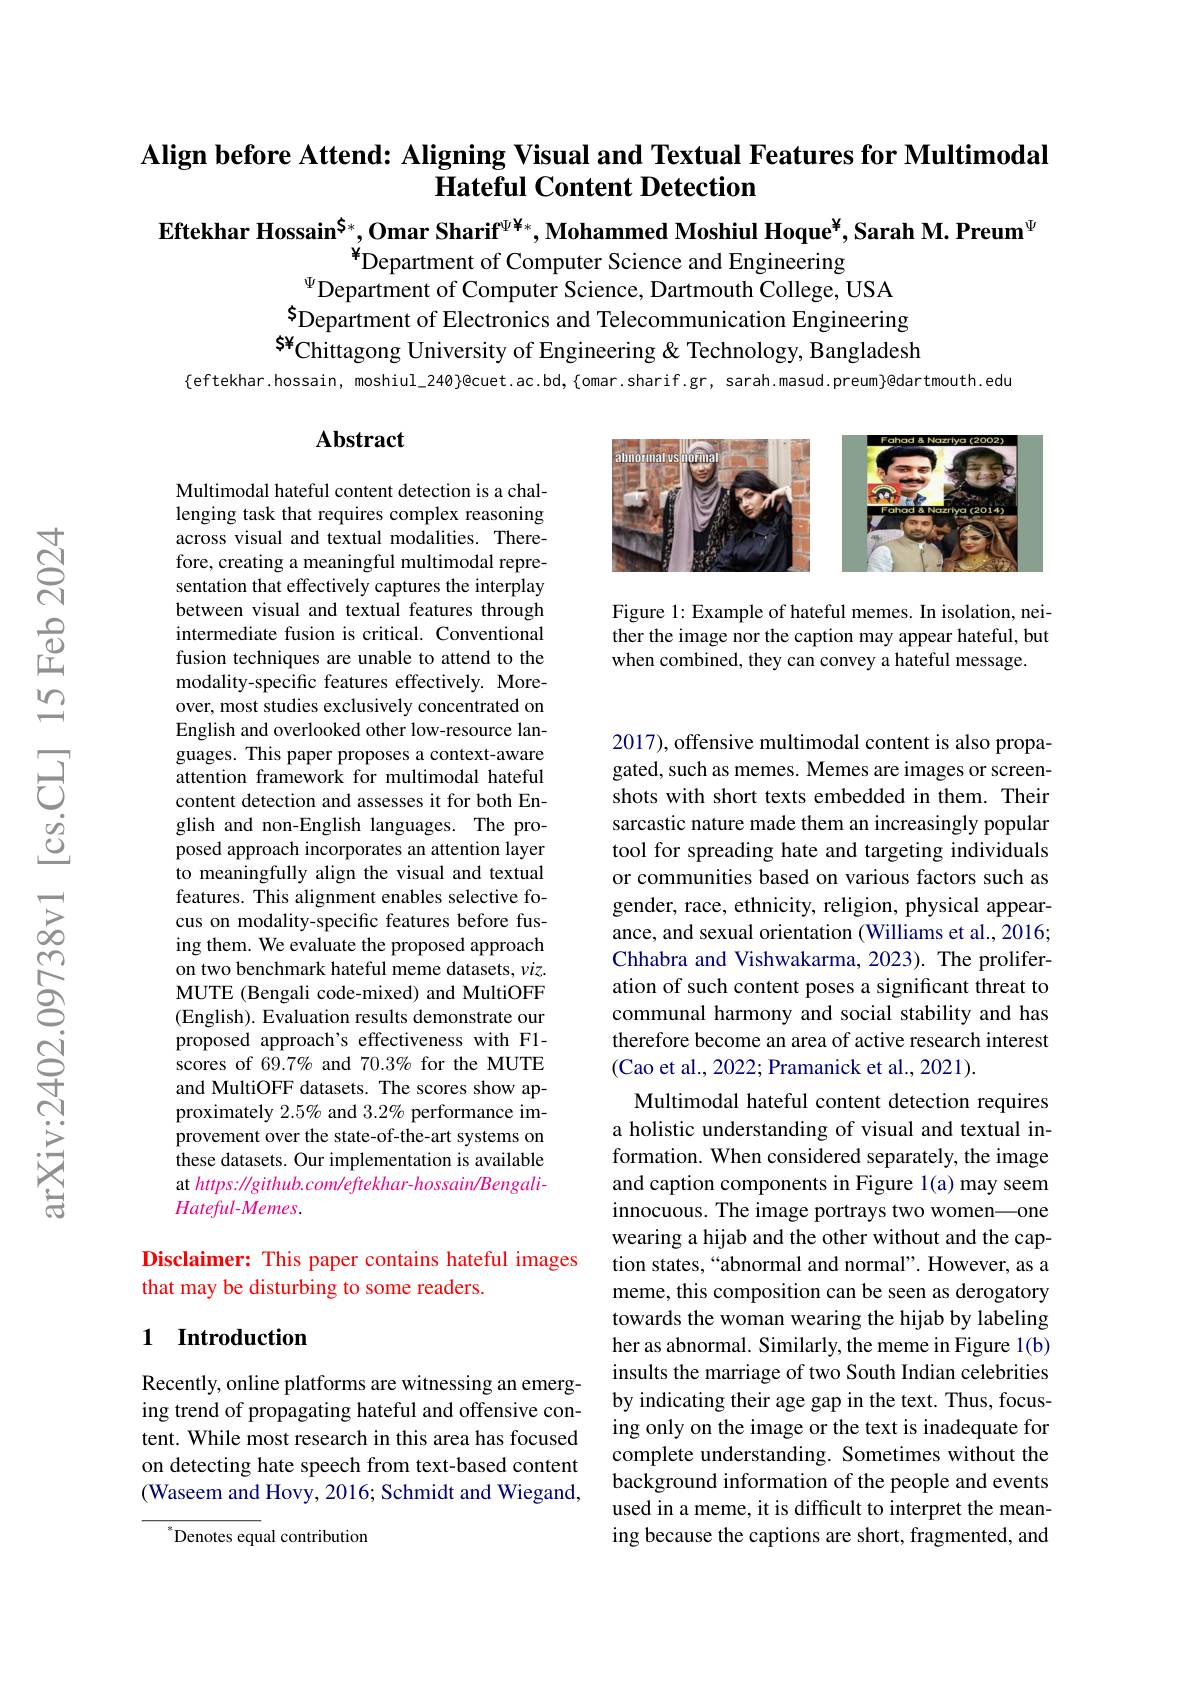
## Align before Attend: Aligning Visual and Textual Features for Multimodal Hateful Content Detection

Eftekhar Hossain$^{\mathfrak{S}_*}$,Omar Sharif$^\Psi^{\Psi\text{¥}*}$,Mohammed Moshiul Hoque$^{\mathrm{y}}$,Sarah M. Preum$^{\Psi}$

$^{*}$Department of Computer Science and Engineering
$^{\Psi}$Department of Computer Science, Dartmouth College, USA $s_{\mathrm{Department~of~Electronics~and~Telecommunication~Engineering}}$ S¥Chittagong University of Engineering & Technology, Bangladesh
$\{$eftekhar.hossain, moshiul\_240}@cuet.ac.bd,{omar.sharif.gr, sarah.masud.preum}@dartmouth.edusth.preumpedartmouth.edus

## Abstract

<FigureHere>

Figure 1: Example of hateful memes. In isolation, neither the image nor the caption may appear hateful, but when combined, they can convey a hateful message.

Multimodal hateful content detection is a challenging task that requires complex reasoning across visual and textual modalities. Therefore, creating a meaningful multimodal representation that effectively captures the interplay between visual and textual features through intermediate fusion is critical. Conventional fusion techniques are unable to attend to the modality-specific features effectively. Moreover, most studies exclusively concentrated on English and overlooked other low-resource languages. This paper proposes a context-aware attention framework for multimodal hateful content detection and assesses it for both English and non-English languages. The proposed approach incorporates an attention layer to meaningfully align the visual and textual features. This alignment enables selective focus on modality-specific features before fusing them. We evaluate the proposed approach on two benchmark hateful meme datasets, $viz.$ MUTE (Bengali code-mixed) and MultiOFF (English). Evaluation results demonstrate our proposed approach's effectiveness with F1- scores of 69.7% and 70.3% for the MUTE and MultiOFF datasets. The scores show approximately $2.5\%$ and $3.2\%$ performance improvement over the state-of-the-art systems on these datasets. Our implementation is available at https: //github.com/eftekhar- hossain/BengaliHateful-Memes.

2017), offensive multimodal content is also propagated, such as memes. Memes are images or screenshots with short texts embedded in them. Their sarcastic nature made them an increasingly popular tool for spreading hate and targeting individuals or communities based on various factors such as gender, race, ethnicity, religion, physical appearance, and sexual orientation (Williams et al., 2016; Chhabra and Vishwakarma, 2023). The proliferation of such content poses a significant threat to communal harmony and social stability and has therefore become an area of active research interest (Cao et al., 2022; Pramanick et al., 2021).
Multimodal hateful content detection requires a holistic understanding of visual and textual information. When considered separately, the image and caption components in Figure l(a) may seem innocuous. The image portrays two women—one wearing a hijab and the other without and the caption states,“abnormal and normal”. However, as a meme, this composition can be seen as derogatory towards the woman wearing the hijab by labeling her as abnormal. Similarly, the meme in Figure 1(b) insults the marriage of two South Indian celebrities by indicating their age gap in the text. Thus, focusing only on the image or the text is inadequate for complete understanding. Sometimes without the background information of the people and events used in a meme, it is difficult to interpret the meaning because the captions are short, fragmented, and

Disclaimer: This paper contains hateful images
that may be disturbing to some readers.

## 1 Introduction

Recently, online platforms are witnessing an emerging trend of propagating hateful and offensive content. While most research in this area has focused on detecting hate speech from text-based content (Waseem and Hovy, 2016; Schmidt and Wiegand,

$^{*}$Denotes equal contribution